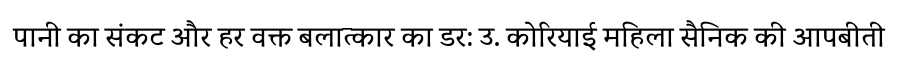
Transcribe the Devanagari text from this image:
पानी का संकट और हर वक्त बलात्कार का डर: उ. कोरियाई महिला सैनिक की आपबीती